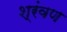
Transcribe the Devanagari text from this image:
श्रंवण